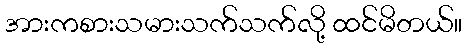
အားကစားသမားသက်သက်လို့ ထင်မိတယ်။